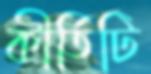
কীর্তিটি